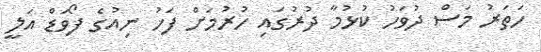
ހަތަރު މަސް ދުވަހު ކުުޅުމާ ދުރުގައި ހުރުމަށް ފަހު ނިއުގެ ފޯވަޑް އަލީ